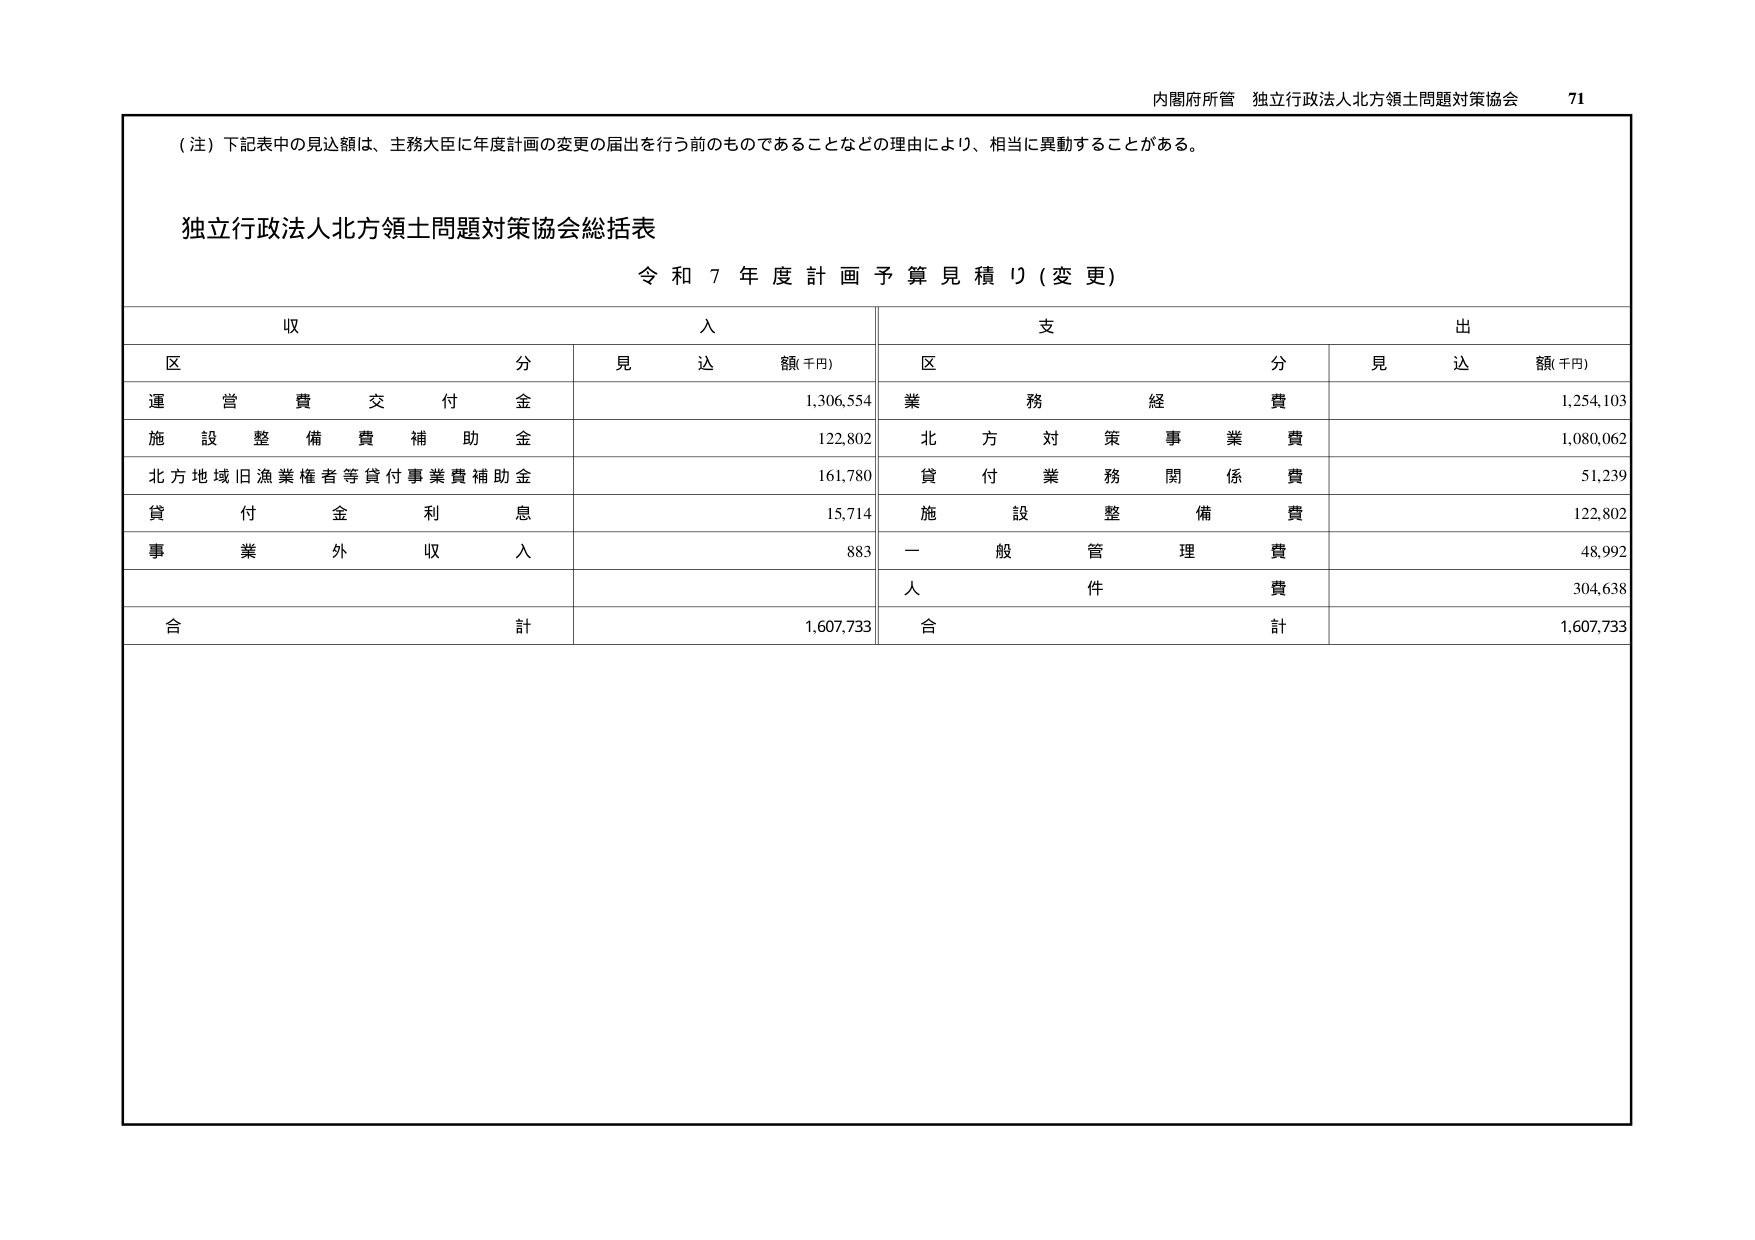
内閣府所管 独立行政法人北方領土問題対策協会 71

（注）下記表中の見込額は、主務大臣に年度計画の変更の届出を行う前のものであることなどの理由により、相当に異動することがある。

独立行政法人北方領土問題対策協会総括表
令和７年度計画予算見積り（変更）

収入
区 分 見込額(千円)
運営費交付金 1,306,554
施設整備費補助金 122,802
北方地域旧漁業権者等貸付事業費補助金 161,780
貸付金利息 15,714
事業外収入 883
合計 1,607,733

支出
区 分 見込額(千円)
業務経費 1,254,103
北方対策事業費 1,080,062
貸付業務関係費 51,239
施設整備費 122,802
一般管理費 48,992
人件費 304,638
合計 1,607,733